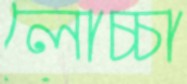
লোচ্চা